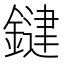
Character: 𮢱